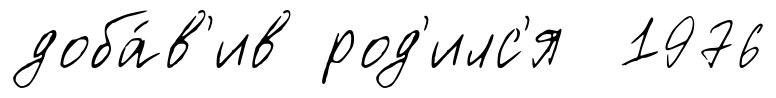
доба́в'ив род'илс'я 1976